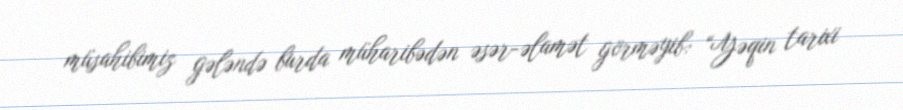
müsahibimiz gələndə burda müharibədən əsər-əlamət görməyib: “Yəqin tarixi